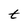
Character: t